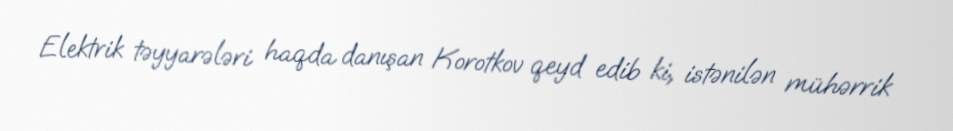
Elektrik təyyarələri haqda danışan Korotkov qeyd edib ki, istənilən mühərrik